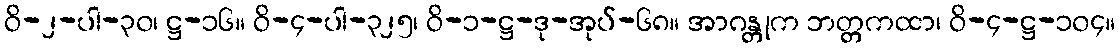
ဝိ-၂-ပါ-၃၀၊ ဋ္ဌ-၁၆။ ဝိ-၄-ပါ-၃၂၅၊ ဝိ-၁-ဋ္ဌ-ဒု-အုပ်-၆၈။ အာဂန္တုက ဘတ္တကထာ၊ ဝိ-၄-ဋ္ဌ-၁၀၄။